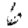
Digit: 6